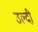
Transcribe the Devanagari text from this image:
उल्दी